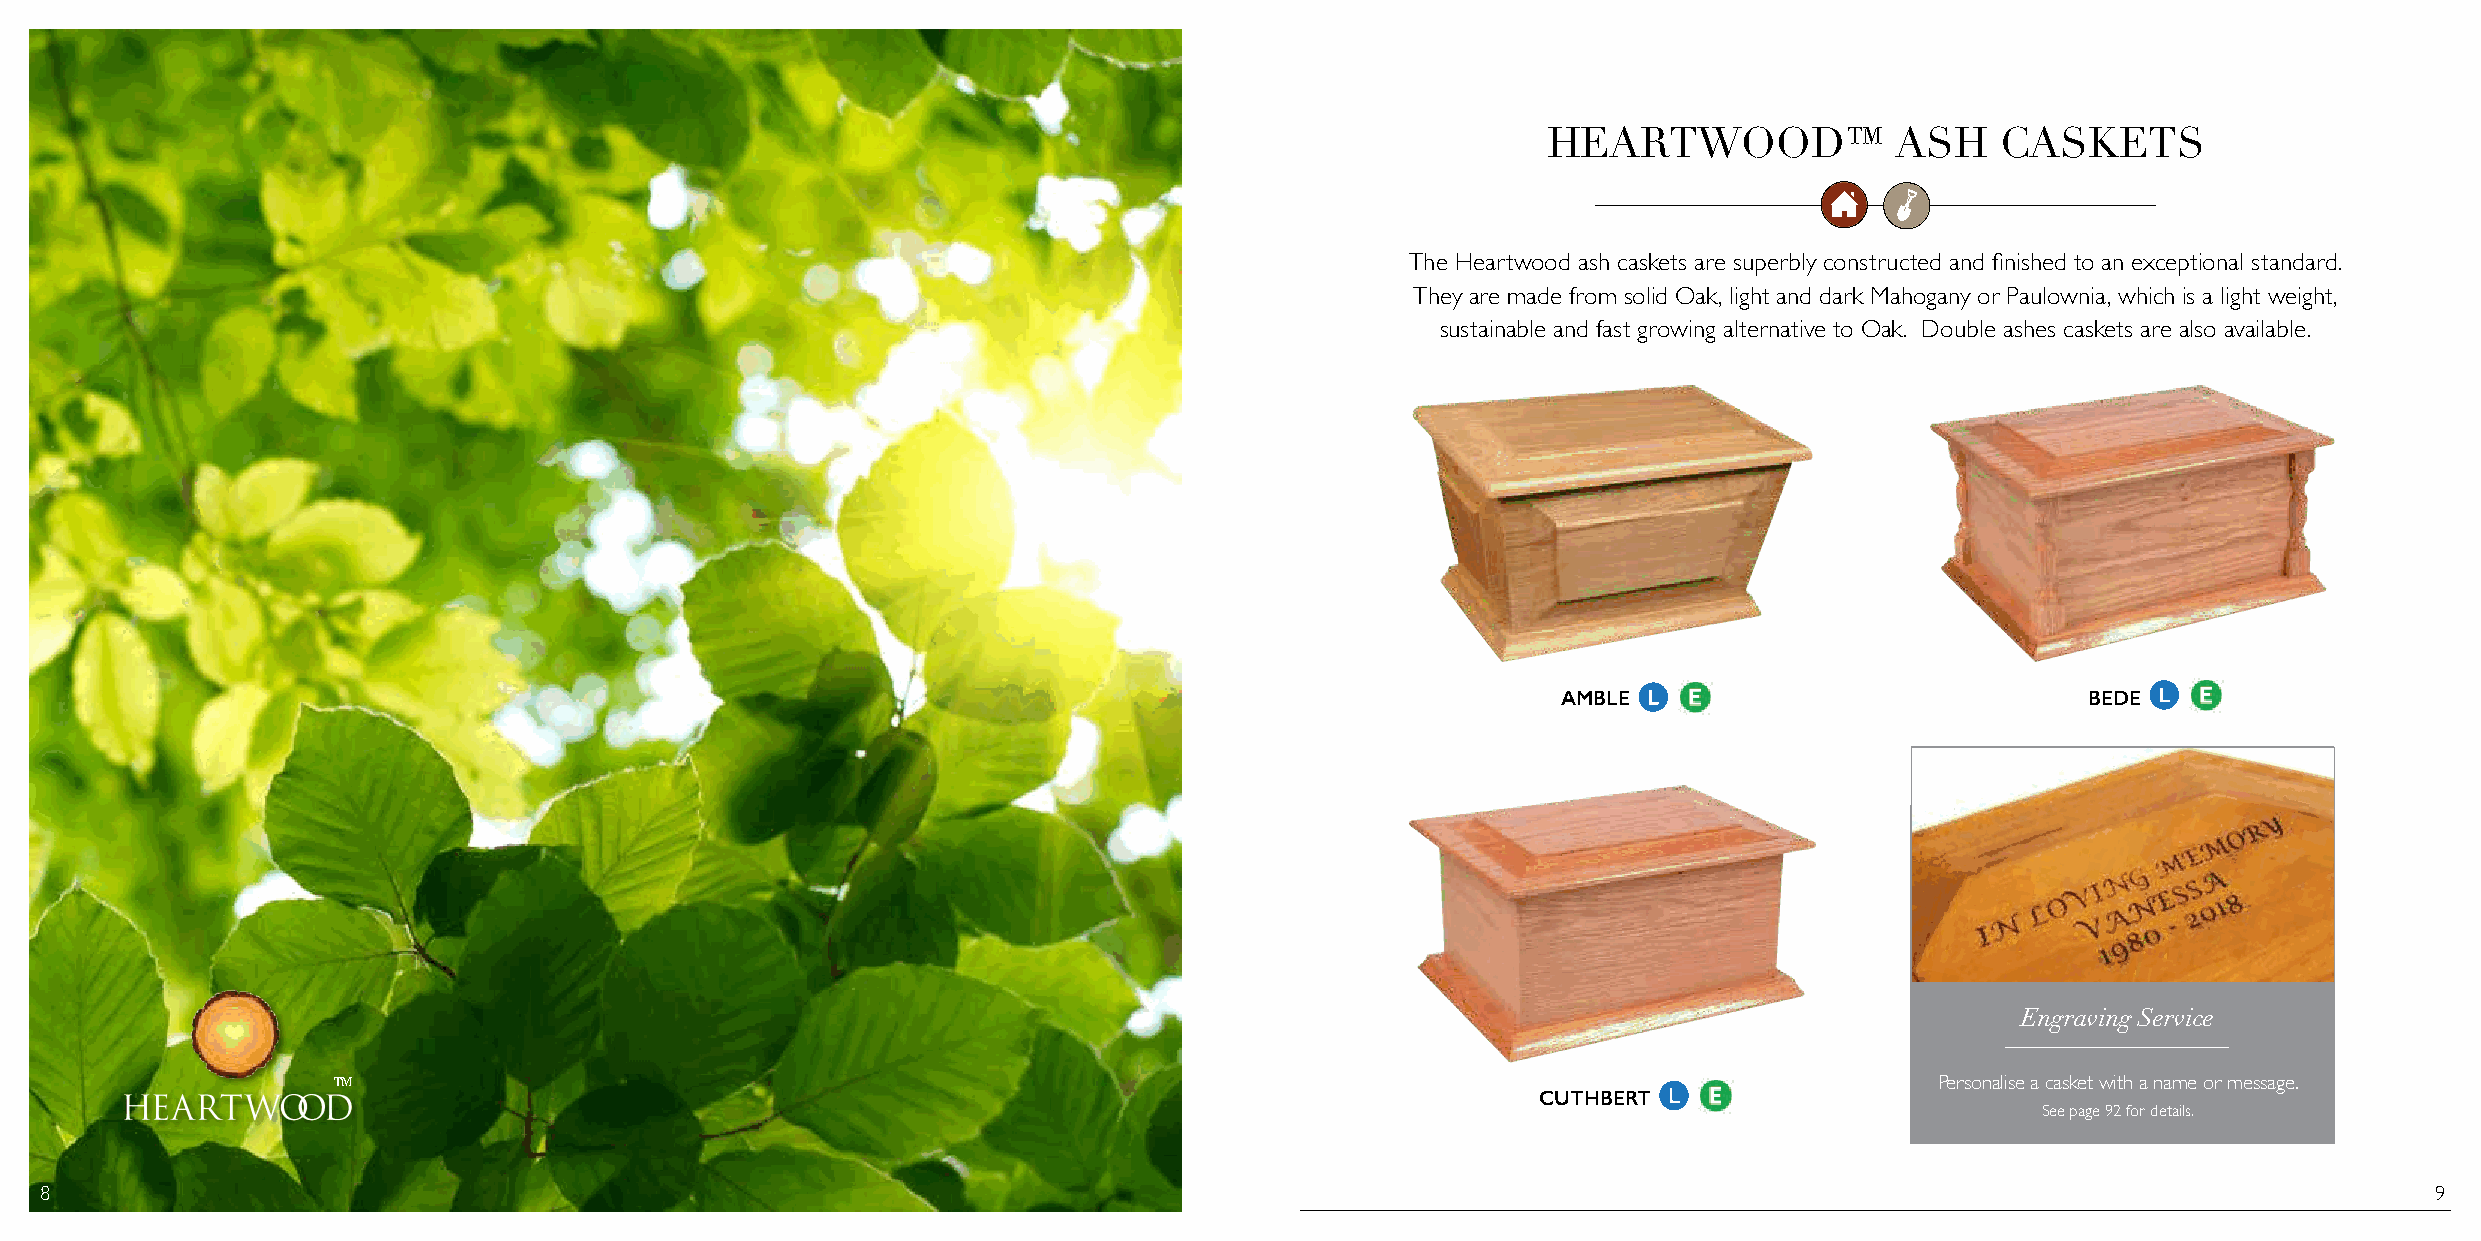
HEARTWOOD™             ASH    CASKETS
 The Heartwood ash caskets are superbly constructed and finished to an exceptional standard.
 They are made from solid Oak, light and dark Mahogany or Paulownia, which is a light weight,
 sustainable and fast growing alternative to Oak. Double ashes caskets are also available.
 AMBLE                              BEDE
 Engraving Service
 TM                                                                                                        Personalise a casket with a name or message.
 CUTHBERT
 See page 92 for details.
 8                                                                                                                                                             9